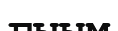
ғыым